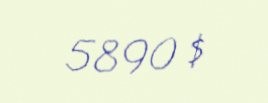
5890 $